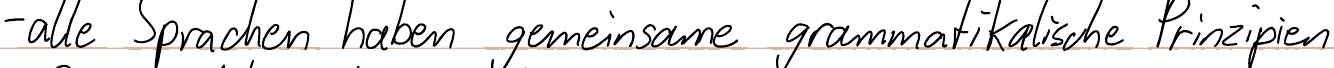
- alle Sprachen haben gemeinsame grammatikalische Prinzipien